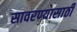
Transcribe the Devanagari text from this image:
सावरण्यासाठी